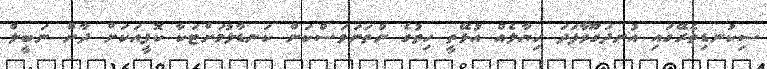
ސިކުނޑިތެރޭގައި އުނދަގޫވާފަދަ ހިޔާލެއް އުޅޭތީ ހިތުގެ ނުތަނަވަސްކަން ކަނޑާލުމަށްޓަކާ ކޮފީއަކަށް ދާން ނަބީލް